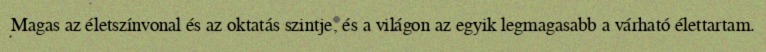
Magas az életszínvonal és az oktatás szintje, és a világon az egyik legmagasabb a várható élettartam.